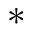
\ast